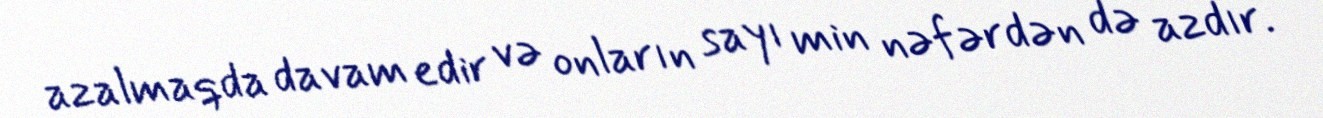
azalmaqda davam edir və onların sayı min nəfərdən də azdır.